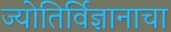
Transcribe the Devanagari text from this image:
ज्योतिर्विज्ञानाचा